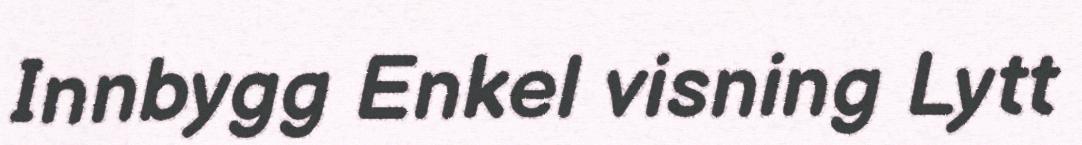
Innbygg Enkel visning Lytt